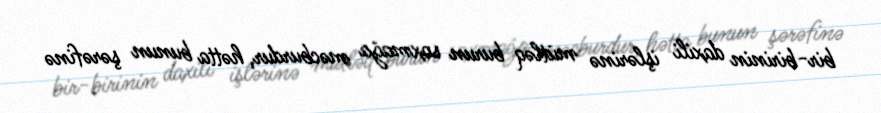
bir-birinin daxili işlərinə mütləq burun soxmağa məcburdur, hətta bunun şərəfinə